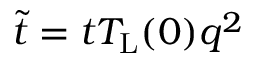
\tilde { t } = t T _ { \mathrm { L } } ( 0 ) q ^ { 2 }